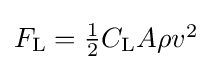
{\textstyle F_{\text{L}}={\frac {1}{2}}C_{\text{L}}A\rho v^{2}}